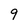
Character: 9